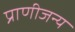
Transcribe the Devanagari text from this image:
प्राणीजन्य